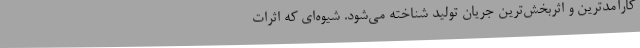
کارآمدترین و اثربخش‌ترین جریان تولید شناخته می‌شود. شیوه‌ای که اثرات